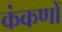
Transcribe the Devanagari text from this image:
कंकणों